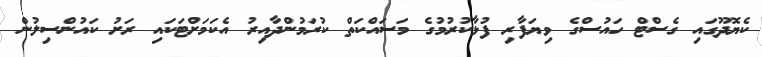
ކެޔޮދޫގައި ގެސްޓް ހައުސްގެ ވިޔަފާރި ފުޅާކުރުމުގެ މަސައްކަތް ކުރަމުންދާއިރު އެކަމަށްޓަކައި ރަށު ކައުންސިލުން